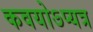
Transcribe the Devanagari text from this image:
कवयोऽप्यत्र